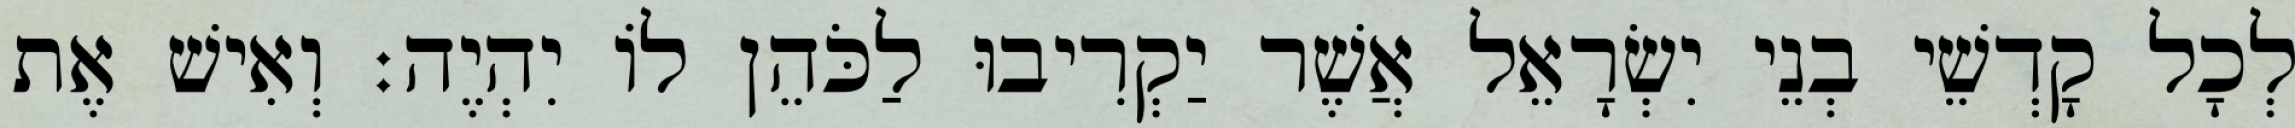
לְכָל קָדְשֵׁי בְנֵי יִשְׂרָאֵל אֲשֶׁר יַקְרִיבוּ לַכֹּהֵן לוֹ יִהְיֶה׃ וְאִישׁ אֶת